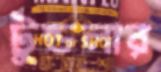
টুন্ডলার